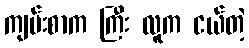
ကျမ်းစာက ကြီး လူက ငယ်တဲ့